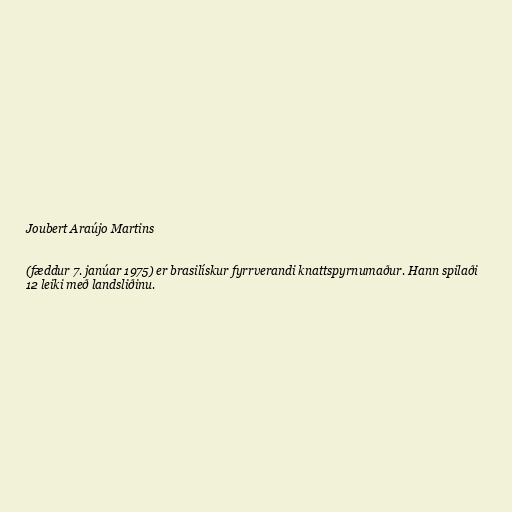
Joubert Araújo Martins

(fæddur 7. janúar 1975) er brasilískur fyrrverandi knattspyrnumaður. Hann spilaði
12 leiki með landsliðinu.